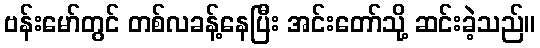
ဗန်းမော်တွင် တစ်လခန့်နေပြီး အင်းတော်သို့ ဆင်းခဲ့သည်။